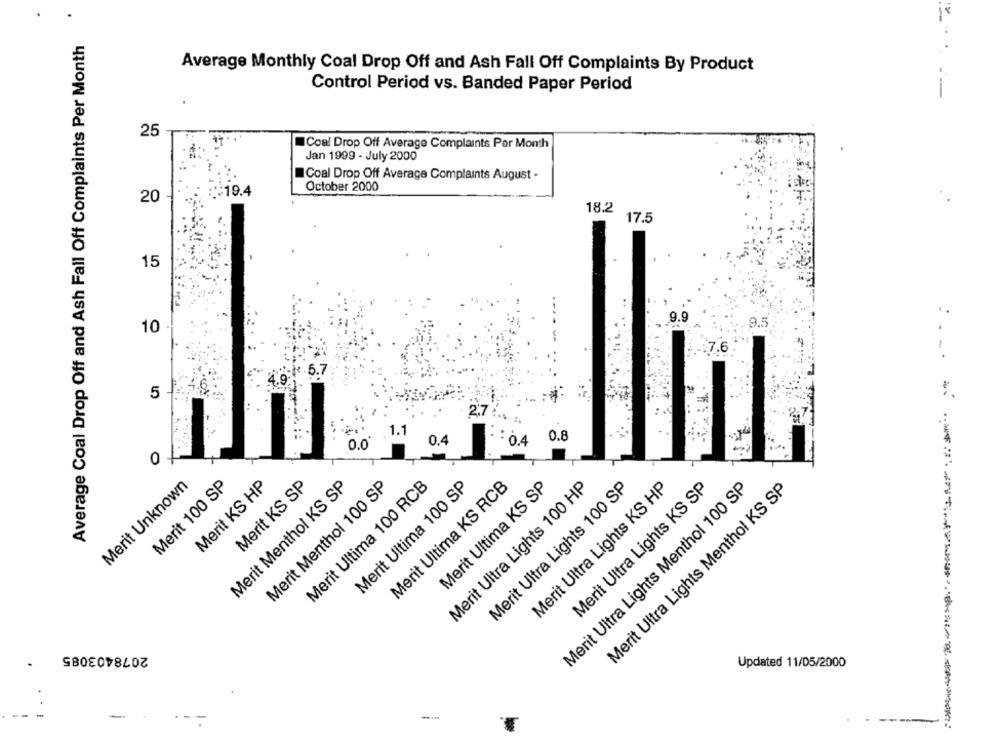
18
Average Coal Drop Off and Ash Fall Off Complaints Per Month
Average Monthly Coal Drop Off and Ash Fall Off Complaints By Product
---
Control Period vs. Banded Paper Period
25
Coal Drop Off Average Complaints Per Month
Jan 1999 - July 2000
Coal Drop Off Average Complaints August -
¥19.4
October 2000
20
18.2
17.5
15
9.9
9 .:
.
10
5
2.7".
1.1
0.8
0.0
0.4
:0.4
0
Merit Unknown
Merit 100 SP
Merit KS HP
Merit Menthol KS SP
Merit KS SP
Merit Menthol 100 SP
Merit Ultima 100 RCB
Merit Ultima KS RCB
Merit Ultima 100 SP
Merit Ultima KS SP
Merit Ultra Lights 100 HP
Merit Ultra Lights 100 SP
Merit Ultra Lights KS HP
Merit Ultra Lights Menthol 100 SP
Merit Ultra Lights KS SP
Merit Ultra Lights Menthol KS SP
2078403085 ·
Updated 11/05/2000
-
-----
. .